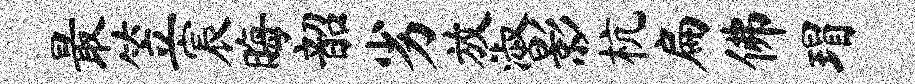
最笠宸晦韶劣放淑影杭扁佛瑁